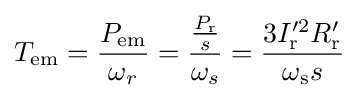
T_{\text{em}}={\frac {P_{\text{em}}}{\omega _{r}}}={\frac {\frac {P_{\text{r}}}{s}}{\omega _{s}}}={\frac {3I_{\text{r}}^{\prime 2}R_{\text{r}}'}{\omega _{\text{s}}s}}